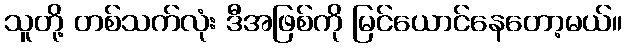
သူတို့ တစ်သက်လုံး ဒီအဖြစ်ကို မြင်ယောင်နေတော့မယ်။